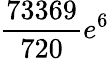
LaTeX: \frac{73369}{720}e^{6}